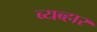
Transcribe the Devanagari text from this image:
ब्यब्हार